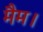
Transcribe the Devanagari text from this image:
मैम।